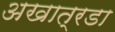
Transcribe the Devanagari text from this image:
अखात्रडा